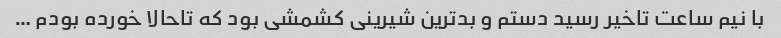
با نیم ساعت تاخیر رسید دستم و بدترین شیرینی کشمشی بود که تاحالا خورده بودم …